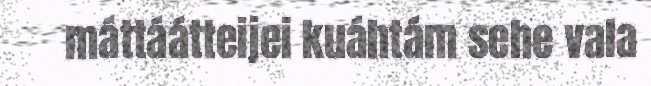
máttáátteijei kuáhtám sehe vala